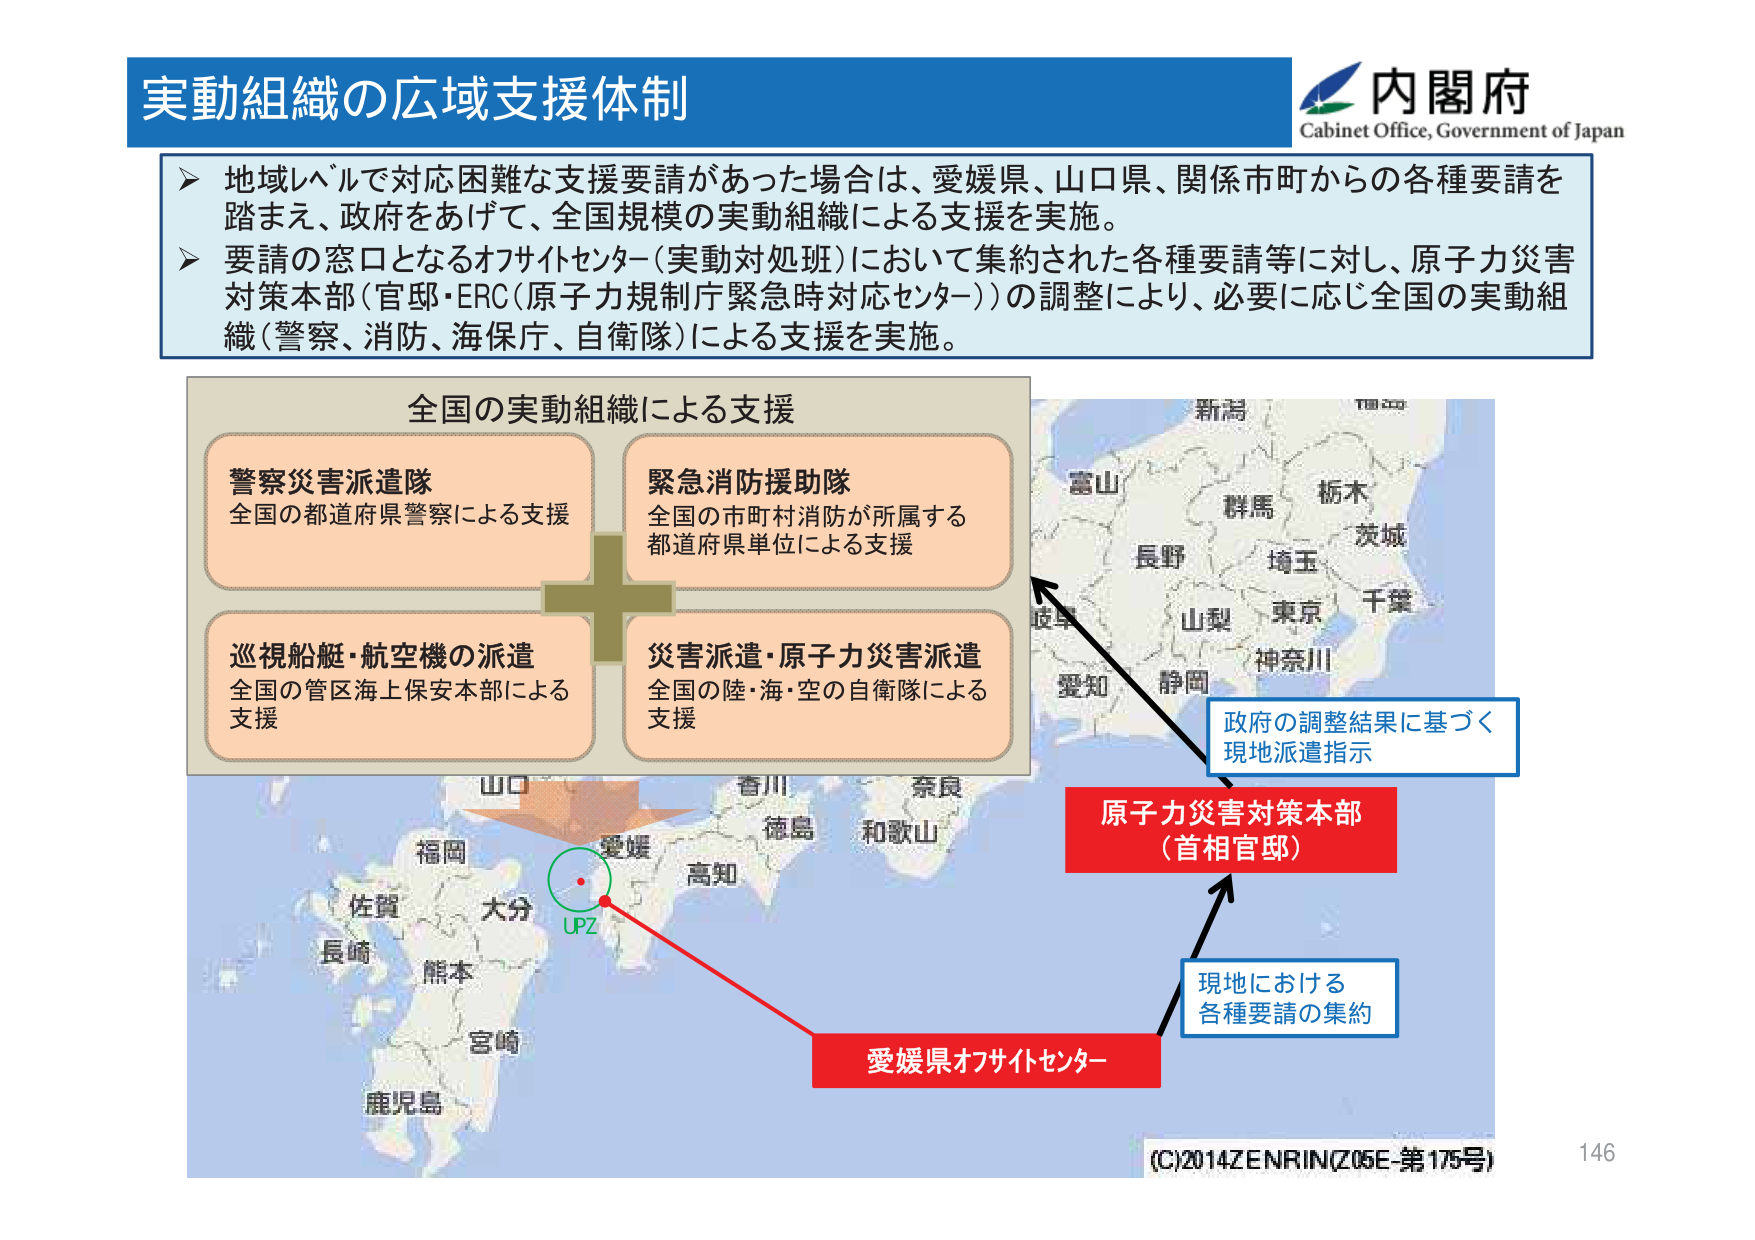
実動組織の広域支援体制

内閣府
Cabinet Office, Government of Japan

▶ 地域レベルで対応困難な支援要請があった場合は、愛媛県、山口県、関係市町からの各種要請を踏まえ、政府をあげて、全国規模の実動組織による支援を実施。
▶ 要請の窓口となるオフサイトセンター（実動対処班）において集約された各種要請等に対し、原子力災害対策本部（官邸・ERC（原子力規制庁緊急時対応センター））の調整により、必要に応じ全国の実動組織（警察、消防、海保庁、自衛隊）による支援を実施。

全国の実動組織による支援

警察災害派遣隊
全国の都道府県警察による支援

緊急消防援助隊
全国の市町村消防が所属する
都道府県単位による支援

巡視船艇・航空機の派遣
全国の管区海上保安本部による
支援

災害派遣・原子力災害派遣
全国の陸・海・空の自衛隊による
支援

政府の調整結果に基づく
現地派遣指示

原子力災害対策本部
（首相官邸）

現地における
各種要請の集約

愛媛県オフサイトセンター

UPZ

新潟
富山
群馬
栃木
茨城
長野
埼玉
山梨
東京
千葉
岐阜
愛知
静岡
神奈川

山口
香川
奈良
徳島
和歌山

福岡
愛媛
高知
佐賀
大分
長崎
熊本
宮崎
鹿児島

(C)2014 ZENRIN (Z05E-第175号)
146